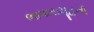
ભાષાસમૂહની